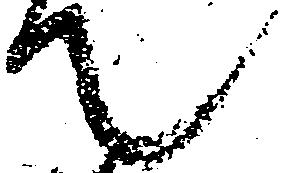
て